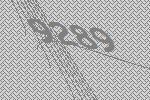
9289